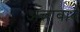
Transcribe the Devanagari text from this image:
अत्ताबाद